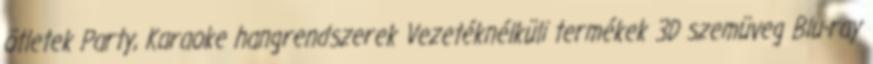
ötletek Party, Karaoke hangrendszerek Vezetéknélküli termékek 3D szemüveg Blu-ray